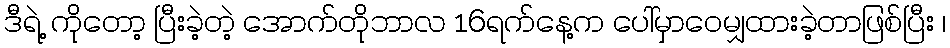
ဒီရဲ့ ကိုတော့ ပြီးခဲ့တဲ့ အောက်တိုဘာလ 16ရက်နေ့က ပေါ်မှာဝေမျှထားခဲ့တာဖြစ်ပြီး ၊